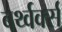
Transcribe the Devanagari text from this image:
बर्थ्वर्क्स